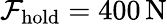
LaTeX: \mathcal{F}_{\mathrm{{hold}}}=400\, \mathrm{{N}}